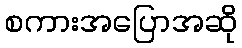
စကားအပြောအဆို